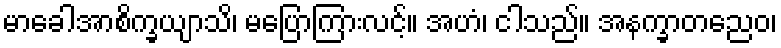
မာခေါအာစိက္ခယျာသိ၊ မပြောကြားလင့်။ အဟံ၊ ငါသည်။ အနက္ခာတညေဝ၊